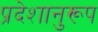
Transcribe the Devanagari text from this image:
प्रदेशानुरूप